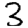
Digit: 2